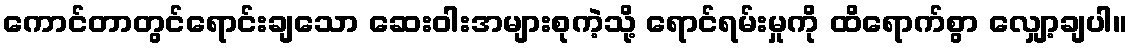
ကောင်တာတွင်ရောင်းချသော ဆေးဝါးအများစုကဲ့သို့ ရောင်ရမ်းမှုကို ထိရောက်စွာ လျှော့ချပါ။